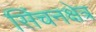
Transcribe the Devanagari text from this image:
सिंचनक्षेत्र